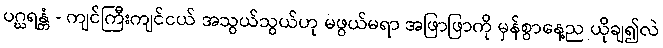
ပဂ္ဃရန္တံ - ကျင်ကြီးကျင်ငယ် အသွယ်သွယ်ဟု မဖွယ်မရာ အဖြာဖြာကို မှန်စွာနေ့ည ယိုချ၍လဲ